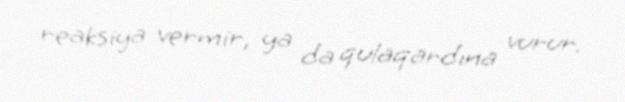
reaksiya vermir, ya da qulaqardına vurur.